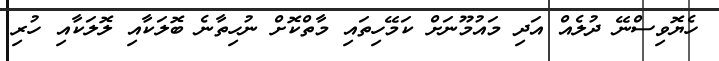
ހެޔޮވިސްނޭ ދުލެއް އަދި މައުމޫނަށް ކަމޭހިތައި މާތްކޮށް ނުހިތާނެ ބޮލަކާއި ލޮލަކާއި ހުރި